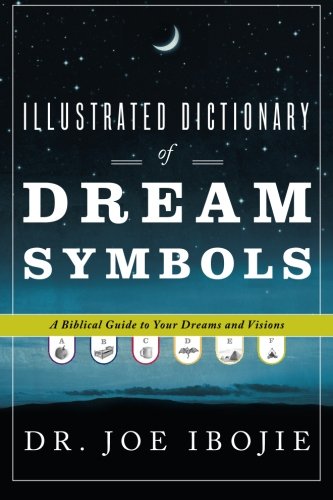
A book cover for Illustrated Dictionary of Dream Symbols: A Biblical Guide to Your Dreams and Visions; Dr. Joe Ibojie; Self-Help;